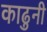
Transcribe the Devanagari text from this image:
काढुनी